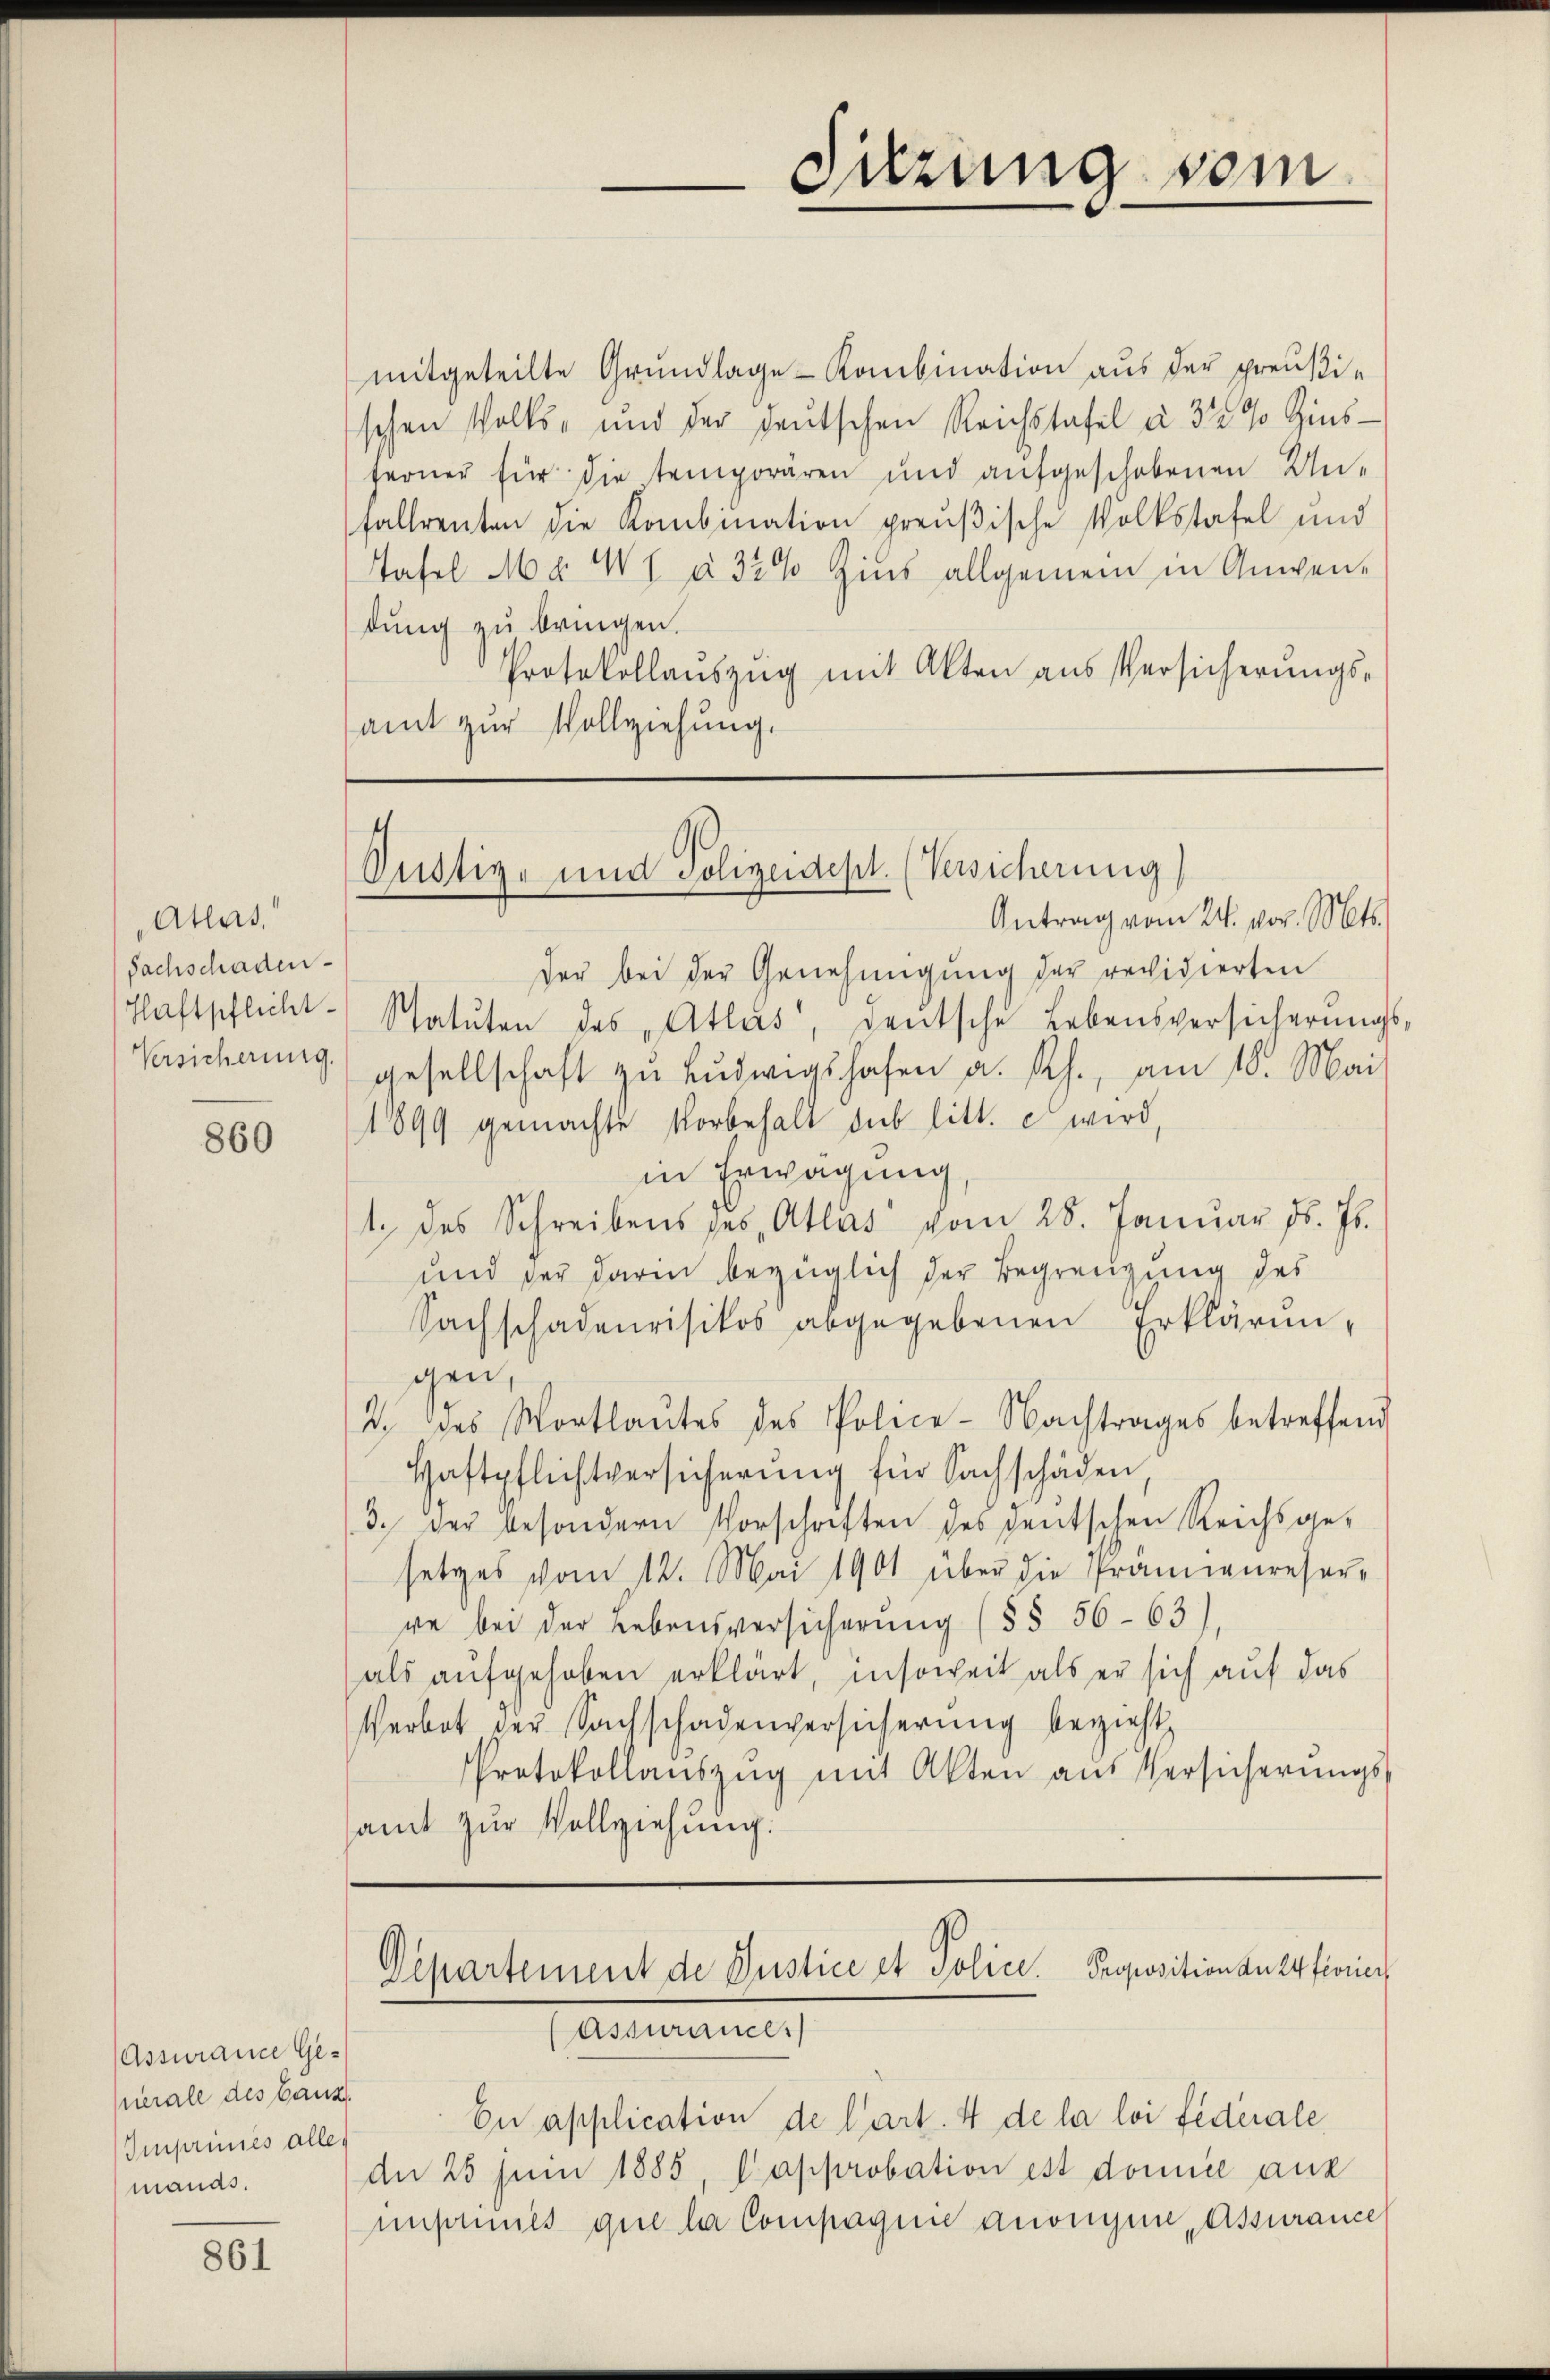
Atlas
Sachschaden
Haftpflicht.

860

(Assurance Ge-
Querale des Ganz
Imprimies alle.
manas.

861

mitgeteilte Grundlage - Kombination aus der preußischen Volks- und der deutschen Reichstafel à 3 1/2 % Zins-
terner für die temporären und aufgeschobenen Unfallrenten die Kombination preußische Volkstafel und
Tafel Ma WI à 32% Zins allgemein in Anwendung zu bringen.
Protokollaŭszŭg mit Alten aus Versicherŭngs-
amt zur Vollziehung.

Suzung vom

Oustiz- und Polizeidept. (Versicherung)
Antrag vom 24. vor. Mts.

der bei der Genehmigung der revidierten
Statuten des „Atlas, deutsche Lebensversicherŭngs
Versicherung) gesellschaft zŭ Lŭdwigshafen a. Rh., am 16. Mai
1899 gemachte Vorbehalt sub litt. c wird,
in Erwägung
1. des Schreibens des Atlas vom 28. Januar d. Js.
und der darin bezüglich der Begrenzung des
Sachschadenrisikos abgegebenen Erklärungen,
2. des Wortlaŭtes des Police- Nachtrages betreffend
Haftpflichtversicherung für Sachschäden,
3. der besondern Vorschriften des deutschen Reichsge-
setzes vom 12. Mai 1901 über die Prämienreser-
ve bei der Lebensversicherung (§§ 56-63)
als aufgehoben erklärt, insoweit als er sich auf das
Verbot der Sachschadenversicherung bezieht,
Protokollaŭszŭg mit Akten aus Versicherŭngs-
amt zŭr Vollziehung.

Departement de Justice et Police. Proposition du 24 fiorier
Assurances

En application de l’art. 4 de la loi fédérale
An 25 sein 1885 Capprobation est domice aus
insames que la Compagnie andeigen Assurance

5